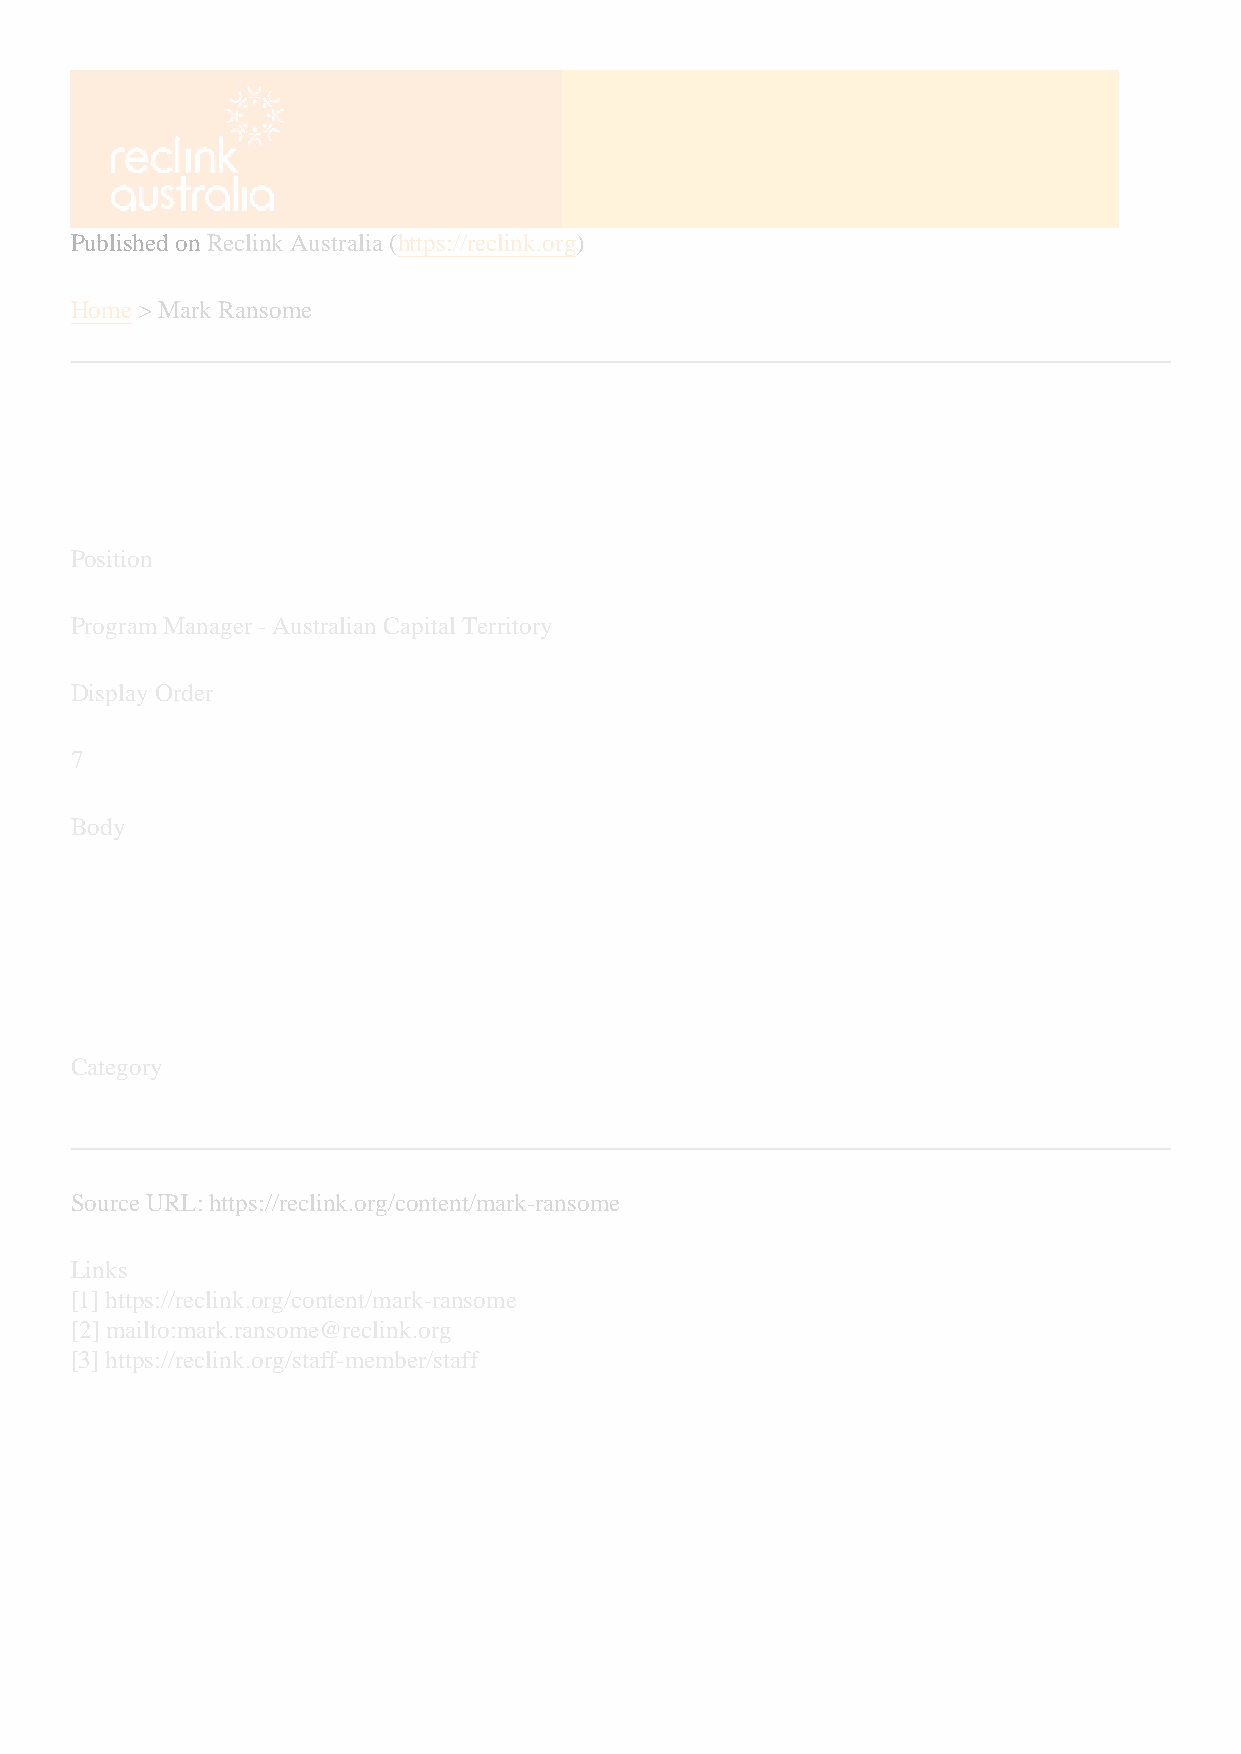
Published on Reclink Australia (https://reclink.org)
 Home > Mark Ransome
 Mark Ransome[1]
 Position
 Program Manager - Australian Capital Territory
 Display Order
 7
 Body
 Mobile: 0412 342 929
 Email: mark.ransome@reclink.org [2]
 Category
 Staff[3]
 Source URL: https://reclink.org/content/mark-ransome
 Links
 [1] https://reclink.org/content/mark-ransome
 [2] mailto:mark.ransome@reclink.org
 [3] https://reclink.org/staff-member/staff